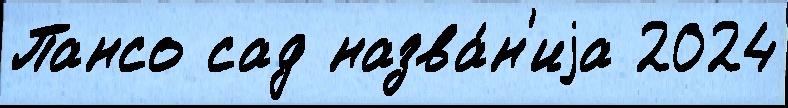
Пансо сад назва́н'иjа 2024